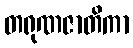
တရုဏဇာတိကာ